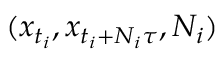
( x _ { t _ { i } } , x _ { t _ { i } + N _ { i } \tau } , N _ { i } )